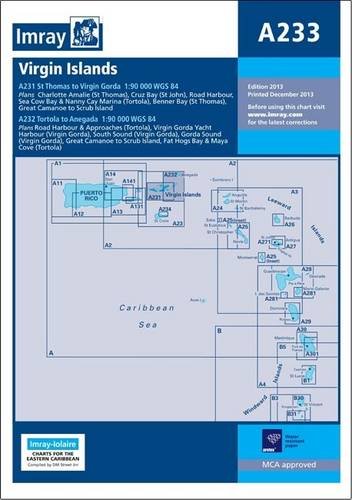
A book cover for Imray Chart A233: Double-sided Sheet Combining Charts A231 and A232; Imray; Travel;